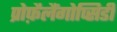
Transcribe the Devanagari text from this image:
प्रोफ़ैलैंगोप्सिडी